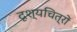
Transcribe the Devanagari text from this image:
दृश्यचित्रों